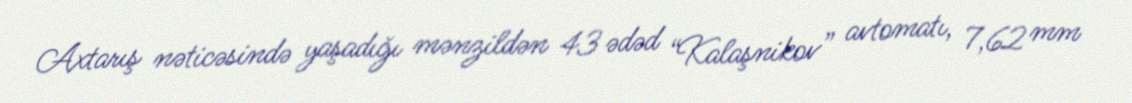
Axtarış nəticəsində yaşadığı mənzildən 43 ədəd “Kalaşnikov” avtomatı, 7,62 mm